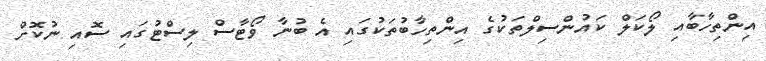
އިންތިހާބާއި ލޯކަލް ކައުންސިލްތަކުގެ އިންތިހާބުތަކުގައި އެ ބުނާ ވޯޓާސް ލިސްޓުގައި ސޮއި ނުކޮށް